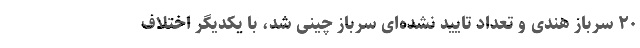
۲۰ سرباز هندی و تعداد تایید نشده‌ای سرباز چینی شد، با یکدیگر اختلاف